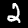
Label: 2